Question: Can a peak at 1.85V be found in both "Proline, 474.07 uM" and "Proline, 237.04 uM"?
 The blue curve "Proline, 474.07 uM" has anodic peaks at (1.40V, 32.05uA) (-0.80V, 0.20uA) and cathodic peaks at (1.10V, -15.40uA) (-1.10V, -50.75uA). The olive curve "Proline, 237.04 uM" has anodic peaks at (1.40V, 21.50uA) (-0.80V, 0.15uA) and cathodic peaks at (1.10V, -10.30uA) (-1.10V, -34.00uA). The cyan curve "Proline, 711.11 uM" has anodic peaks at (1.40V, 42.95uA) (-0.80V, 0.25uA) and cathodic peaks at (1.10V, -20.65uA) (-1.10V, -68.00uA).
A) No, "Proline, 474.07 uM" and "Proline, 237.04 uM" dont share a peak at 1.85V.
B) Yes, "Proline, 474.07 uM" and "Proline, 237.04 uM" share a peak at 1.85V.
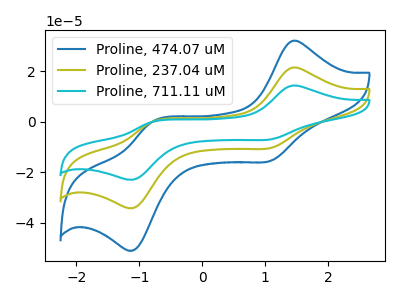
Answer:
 <answer>A) No, "Proline, 474.07 uM" and "Proline, 237.04 uM" dont share a peak at 1.85V.</answer>
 <eval>A</eval>